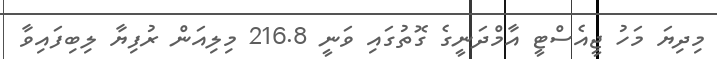
މިދިޔަ މަހު ޖީއެސްޓީ އާމްދަނީގެ ގޮތުގައި ވަނީ 216.8 މިލިއަން ރުފިޔާ ލިބިފައިވާ